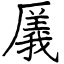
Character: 㕒